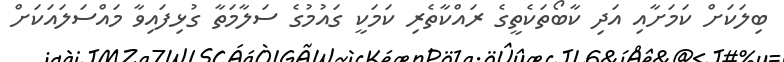
ބިލަކަށް ކަމަށާއި އަދި ކާބޯތަކެތީގެ ރައްކާތެރި ކަމަކީ ގައުމުގެ ސަލާމަތާ ގުޅިފައިވާ މައްސަލައަކަށް